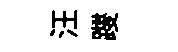
汪躞